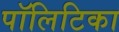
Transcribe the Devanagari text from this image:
पॉलिटिका